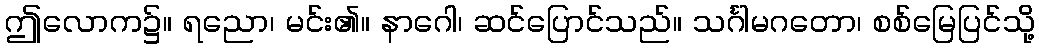
ဤလောက၌။ ရညော၊ မင်း၏။ နာဂေါ၊ ဆင်ပြောင်သည်။ သင်္ဂါမဂတော၊ စစ်မြေပြင်သို့